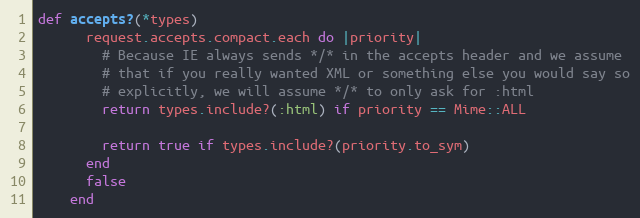
Language: Ruby
def accepts?(*types)
      request.accepts.compact.each do |priority|
        # Because IE always sends */* in the accepts header and we assume
        # that if you really wanted XML or something else you would say so
        # explicitly, we will assume */* to only ask for :html
        return types.include?(:html) if priority == Mime::ALL

        return true if types.include?(priority.to_sym)
      end
      false
    end